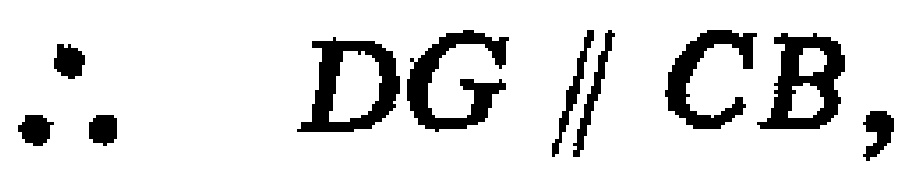
\(\therefore DG\parallel CB,\)